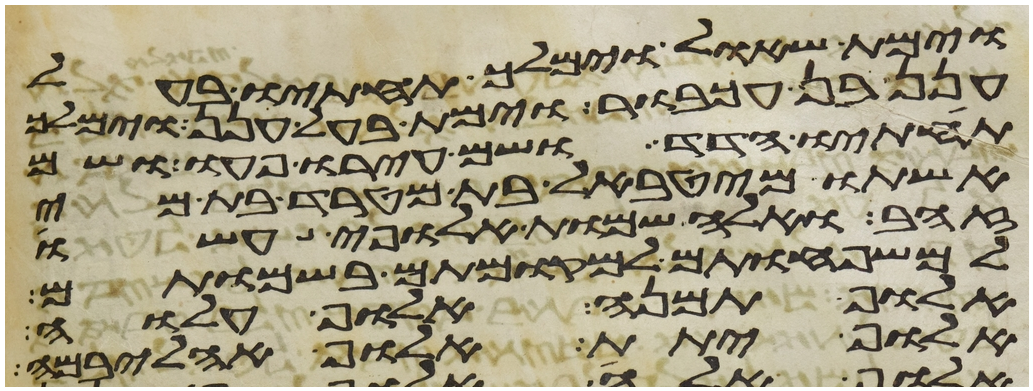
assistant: וימת שאול וימלך תחתיו בעל
חנן בן עכבור וימת בעל חנן וימלך
תחתיו הדד ושם עירו פעו ושם
אשתו מהטבאל בת מטרד בת מי
זהב ואלה שמות אלופי עשו
למשפחותם למקומותם בשמותם
אלוף תמנע אלוף עלוה
אלוף יתת אלוף אהליבמה